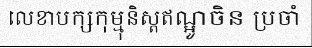
លេខាបក្សកុម្មុនិស្តឥណ្អូចិន ប្រចាំ